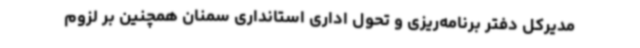
مدیرکل دفتر برنامه‌ریزی و تحول اداری استانداری سمنان همچنین بر لزوم